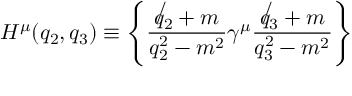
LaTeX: H ^ { \mu } ( q _ { 2 } , q _ { 3 } ) \equiv \left\{ \frac { \not { q _ { 2 } } + m } { q _ { 2 } ^ { 2 } - m ^ { 2 } } \gamma ^ { \mu } \frac { \not { q _ { 3 } } + m } { q _ { 3 } ^ { 2 } - m ^ { 2 } } \right\}